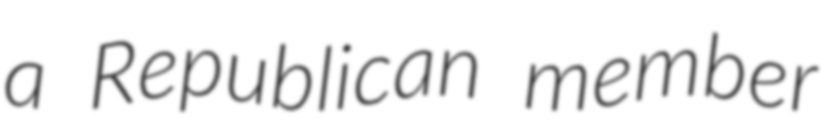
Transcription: a Republican member